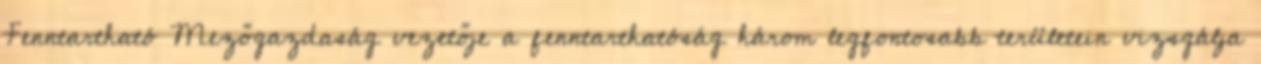
Fenntartható Mezőgazdaság vezetője a fenntarthatóság három legfontosabb területein vizsgálja